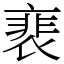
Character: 裵